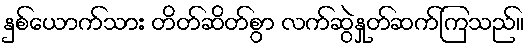
နှစ်ယောက်သား တိတ်ဆိတ်စွာ လက်ဆွဲနှုတ်ဆက်ကြသည်။